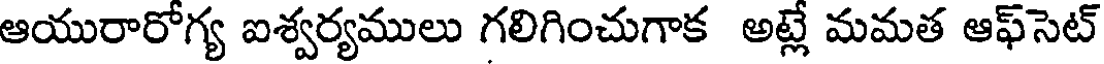
ఆయురారోగ్య ఐశ్వర్యములు గలిగించుగాక అట్లే మమత ఆఫ్సెట్